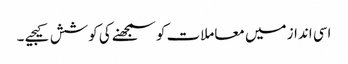
اسی انداز میں معاملات کو سمجھنے کی کوشش کیجیے ۔